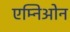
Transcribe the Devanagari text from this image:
एम्निओन